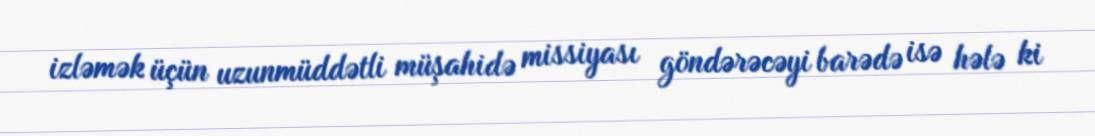
izləmək üçün uzunmüddətli müşahidə missiyası göndərəcəyi barədə isə hələ ki